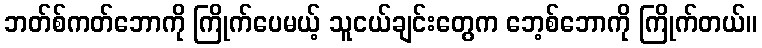
ဘတ်စ်ကတ်ဘောကို ကြိုက်ပေမယ့် သူငယ်ချင်းတွေက ဘေ့စ်ဘောကို ကြိုက်တယ်။